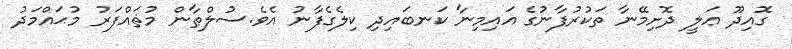
ގޮއިދޫ ޢަލީ ދޮށިމޭނާ ތަކުރުފާނުގެ އައިމިނާ ކަނބައިދި ކިލެގެފާނު އެވެ.ސުލްޠާން މުޡައްފަރު މުޙައްމަދު